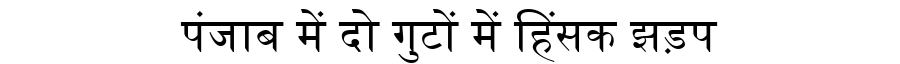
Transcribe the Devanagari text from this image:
पंजाब में दो गुटों में हिंसक झड़प